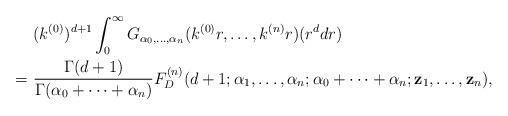
LaTeX: \begin{align*} &\,\, (k^{(0)})^{d+1}\int_0^\infty G_{\alpha_0,\dots,\alpha_n}(k^{(0)}r,\dots,k^{(n)}r) (r^d dr) \\ =&\,\, \frac{\Gamma(d+1)}{\Gamma(\alpha_0+\dots+\alpha_n)} F^{(n)}_D(d+1;\alpha_1,\dots,\alpha_n;\alpha_0+\cdots+\alpha_n;\mathbf z_1,\dots,\mathbf z_n), \end{align*}